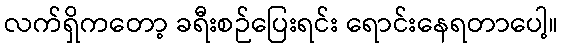
လက်ရှိကတော့ ခရီးစဉ်ပြေးရင်း ရောင်းနေရတာပေါ့။